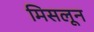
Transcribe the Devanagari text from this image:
मिसलून